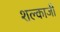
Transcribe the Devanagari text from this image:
शल्काजी